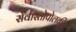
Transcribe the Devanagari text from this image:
सेवास्तोपोलकी